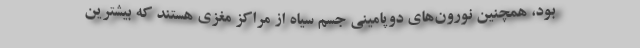
بود، همچنین نورون‌های دوپامینی جسم سیاه از مراکز مغزی هستند که بیشترین